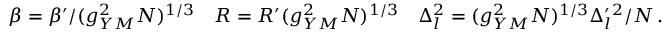
\beta = \beta ^ { \prime } / ( g _ { Y M } ^ { 2 } N ) ^ { 1 / 3 } \quad R = R ^ { \prime } ( g _ { Y M } ^ { 2 } N ) ^ { 1 / 3 } \quad \Delta _ { l } ^ { 2 } = ( g _ { Y M } ^ { 2 } N ) ^ { 1 / 3 } \Delta _ { l } ^ { \prime } { } ^ { 2 } / N \, .